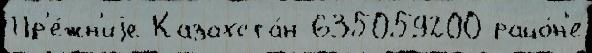
Пр'е́жн'иjе Казахста́н 635059200 райо́н'е